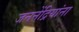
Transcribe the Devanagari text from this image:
जननेंद्रियांना